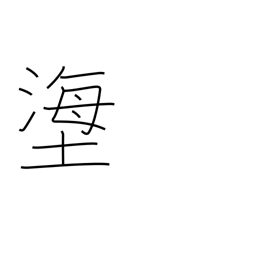
Meaning: title of a Noh play